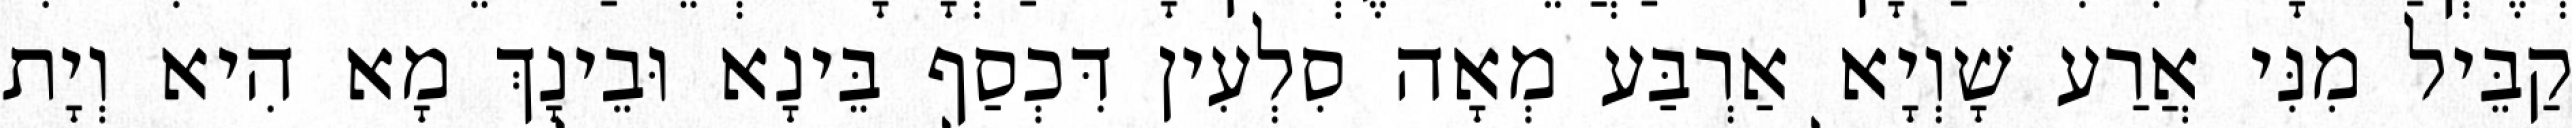
קַבֵּיל מִנִּי אֲרַע שָׁוְיָא אַרְבַּע מְאָה סִלְעִין דִּכְסַף בֵּינָא וּבֵינָךְ מָא הִיא וְיָת